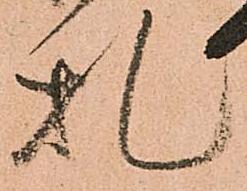
札